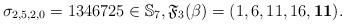
LaTeX: \begin{gather*}\sigma_{2,5,2,0}=1346725 \in \mathbb{S}_7, \mathfrak{F}_3(\beta)= (1,6,11,16,{\bf 11}).\end{gather*}